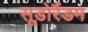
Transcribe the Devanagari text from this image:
सूडोरैंडम